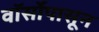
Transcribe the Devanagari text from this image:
वॉर्सोपासून